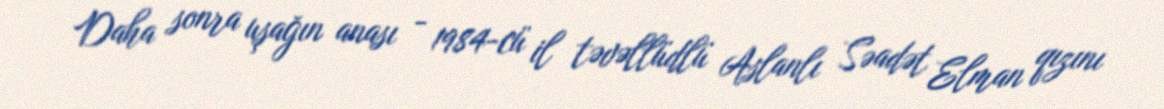
Daha sonra uşağın anası - 1984-cü il təvəllüdlü Aslanlı Səadət Elman qızını